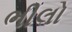
ભીલો